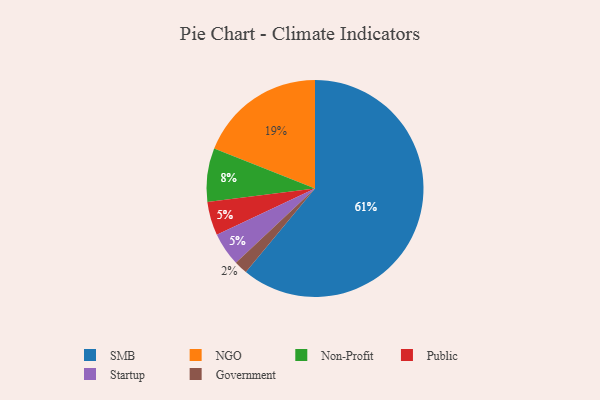
{"axis": {"x": "Category", "y": "Percentage"}, "legend": ["Government", "NGO", "Non-Profit", "Public", "SMB", "Startup"], "data": [{"x": "Government", "y": 2, "type": "Government"}, {"x": "SMB", "y": 61, "type": "SMB"}, {"x": "Public", "y": 5, "type": "Public"}, {"x": "Non-Profit", "y": 8, "type": "Non-Profit"}, {"x": "NGO", "y": 19, "type": "NGO"}, {"x": "Startup", "y": 5, "type": "Startup"}]}